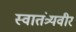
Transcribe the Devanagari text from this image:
स्‍वातंत्र्यवीर